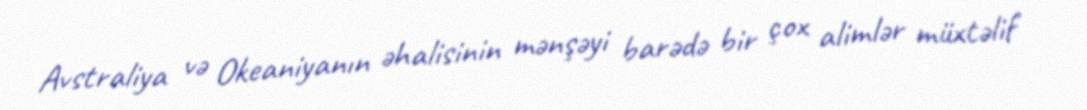
Avstraliya və Okeaniyanın əhalisinin mənşəyi barədə bir çox alimlər müxtəlif